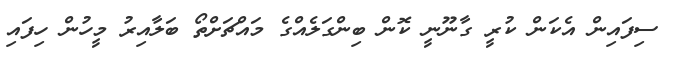
ސިފައިން އެކަން ކުރީ ގާނޫނީ ކޮން ބިންގަލެއްގެ މައްޗަށްތޯ ބަލާއިރު މީހުން ހިފައި